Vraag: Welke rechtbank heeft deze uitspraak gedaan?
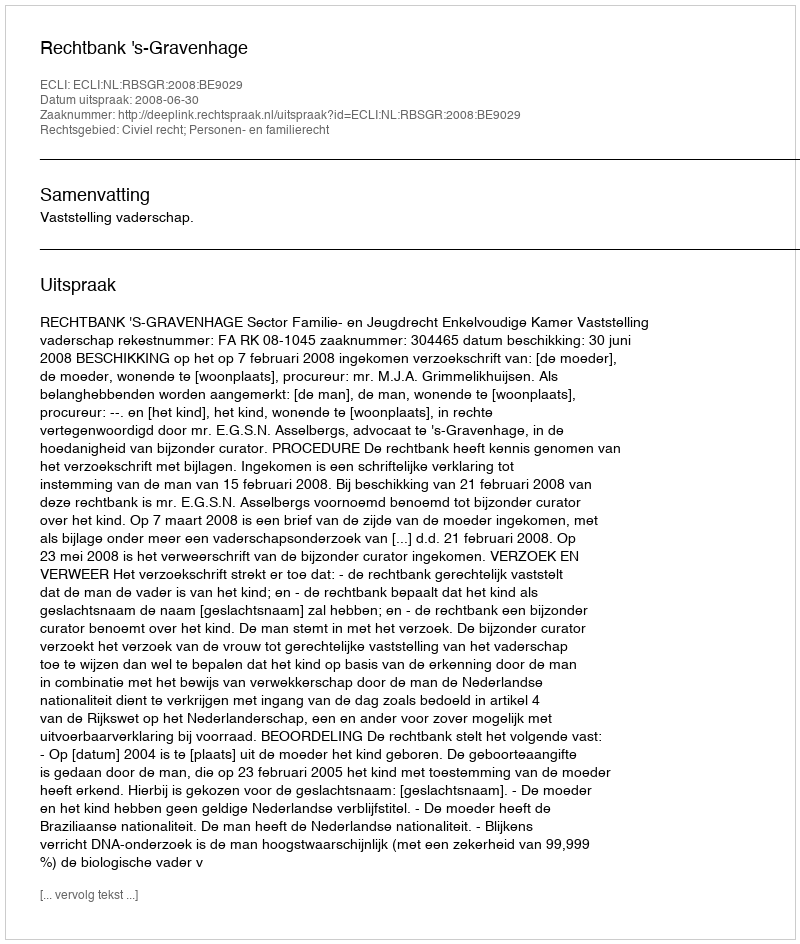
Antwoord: Rechtbank 's-Gravenhage